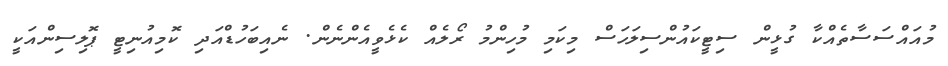
މުއައްސަސާތެއްްކާ ގުޅީން ސިޓީކައުންސިލަހަސް މިކަމި މުހިންމު ރޯލެއް ކެޅެވީއެންނެން. ނެއިބަހުޑްއަދި ކޮމިއުނިޓީ ޕޮލިސިންއަކީ